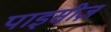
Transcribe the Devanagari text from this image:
पाइसीज़